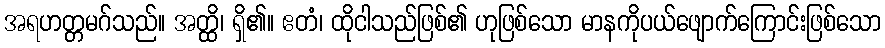
အရဟတ္တမဂ်သည်။ အတ္ထိ၊ ရှိ၏။ ဧတံ၊ ထိုငါသည်ဖြစ်၏ ဟုဖြစ်သော မာနကိုပယ်ဖျောက်ကြောင်းဖြစ်သော